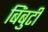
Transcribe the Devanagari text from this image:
बिंबुटी